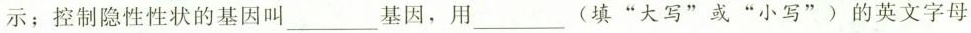
示；控制隐性性状的基因叫___基因，用____(填”大写”或”小写”)的英文字母